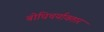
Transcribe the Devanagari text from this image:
बोधिचर्यावतार